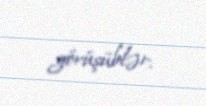
görüşüblər.